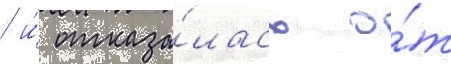
/ и́ отказа́лась о́т